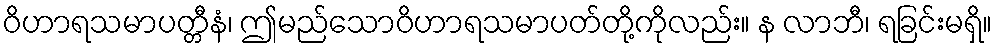
ဝိဟာရသမာပတ္တီနံ၊ ဤမည်သောဝိဟာရသမာပတ်တို့ကိုလည်း။ န လာဘီ၊ ရခြင်းမရှိ။